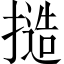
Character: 𢳥